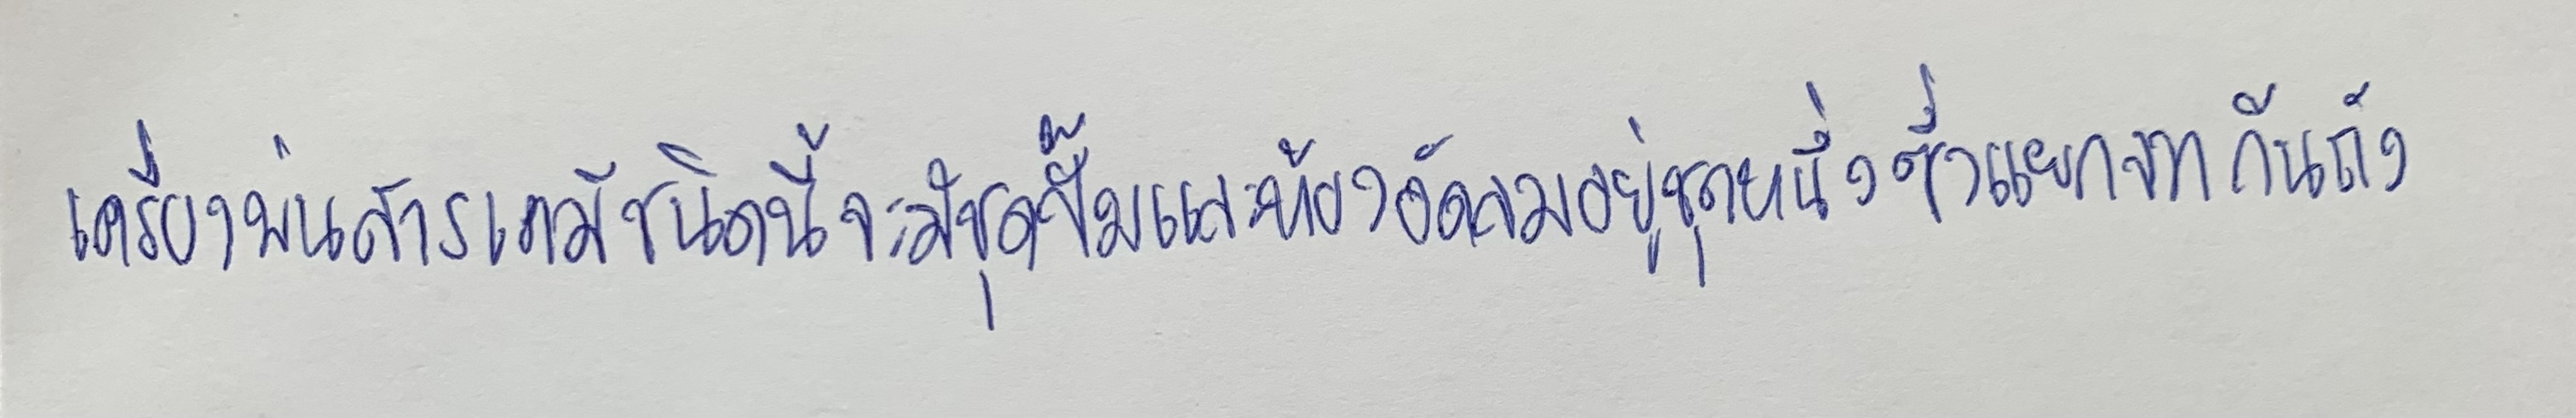
เครื่องพ่นสารเคมีชนิดนี้จะมีชุดปั๊มและห้องอัดลมอยู่ชุดหนึ่งซึ่งแยกจากก้นถัง